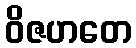
ဝိဇဟတေ